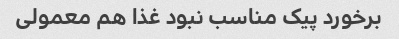
برخورد پیک مناسب نبود غذا هم معمولی